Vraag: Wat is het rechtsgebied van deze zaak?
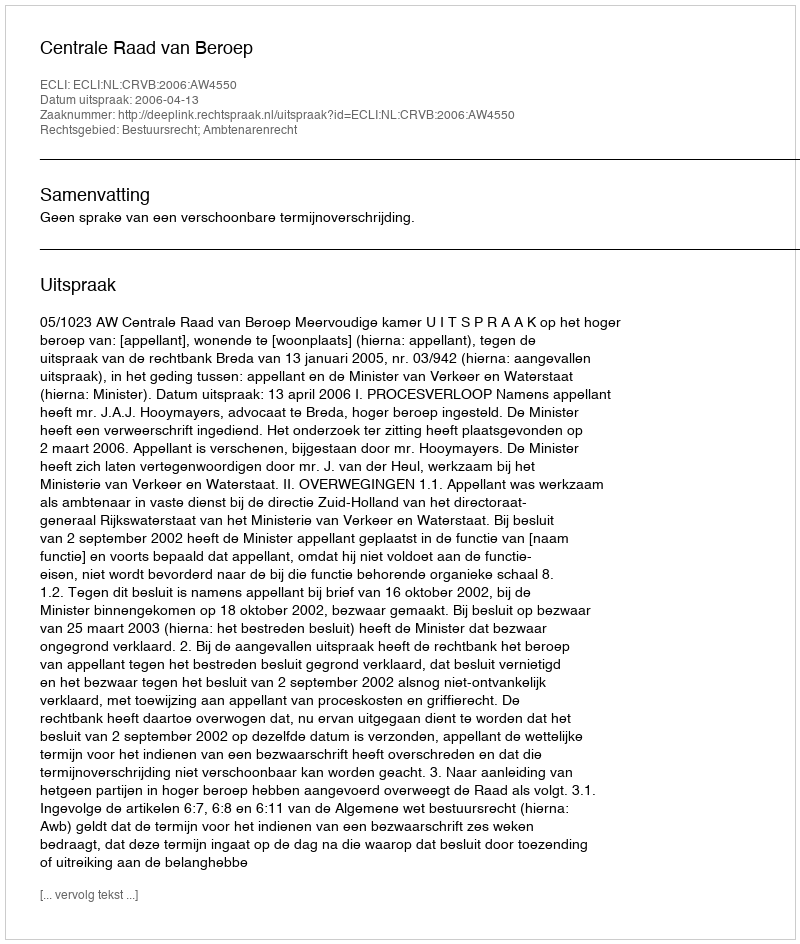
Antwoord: Bestuursrecht; Ambtenarenrecht